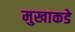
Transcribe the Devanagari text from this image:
मुखाकडे